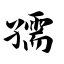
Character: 孺